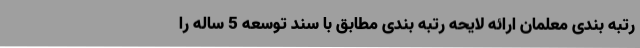
رتبه بندی معلمان ارائه لایحه رتبه بندی مطابق با سند توسعه 5 ساله را